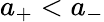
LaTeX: a_{+}<a_{-}